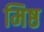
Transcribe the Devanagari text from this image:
मिष्ठ